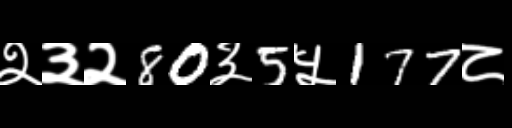
Text: २३२80३5५177८